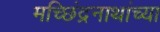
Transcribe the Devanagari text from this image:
मच्छिंद्रनाथांच्या